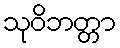
သုဝိဘတ္တာ